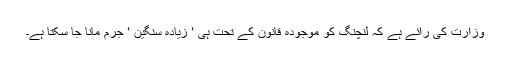
وزارت کی رائے ہے کہ لنچنگ کو موجودہ قانون کے تحت ہی ‘ زیادہ سنگین ‘ جرم مانا جا سکتا ہے۔